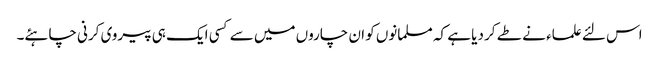
اس لئے علماء نے طے کر دیا ہے کہ مسلمانوں کو ان چاروں میں سے کسی ایک ہی پیروی کرنی چاہئے۔